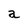
Character: a